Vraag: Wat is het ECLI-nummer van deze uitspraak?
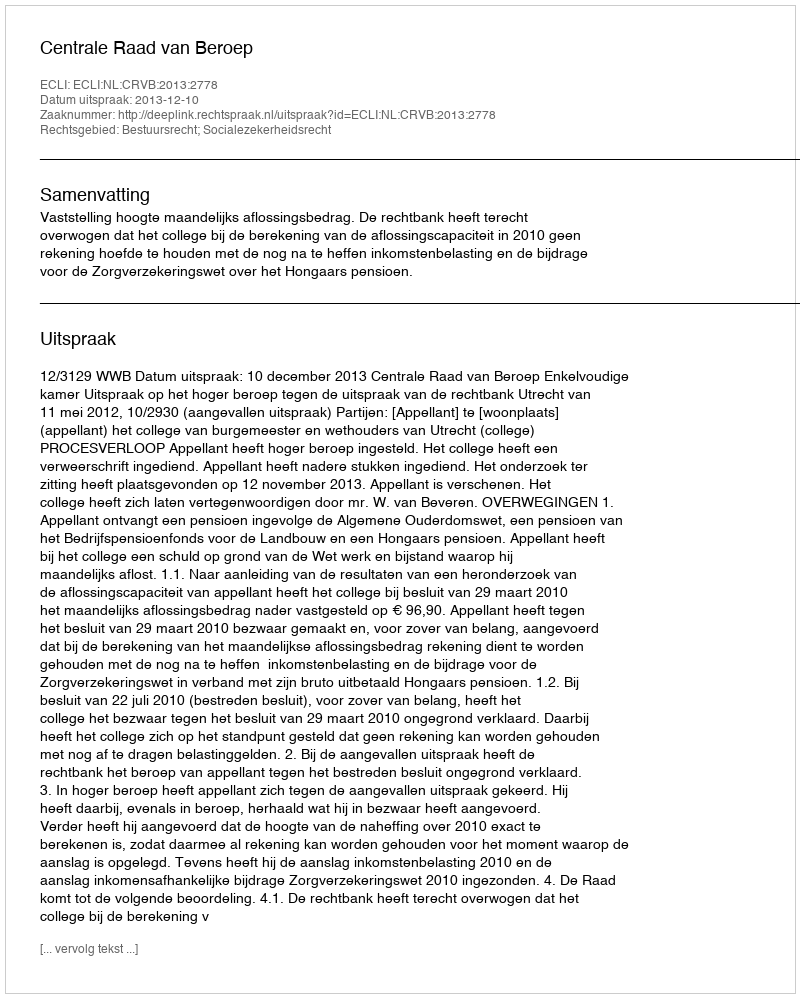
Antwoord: ECLI:NL:CRVB:2013:2778